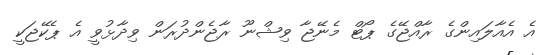
އެ އެއާލައިންގެ ރާއްޖޭގެ ޕޯޓް މެނޭޖާ ވިޝްނޫ ރާޖެންދުރަން ވިދާޅުވީ އެ ޕެކޭޖަކީ